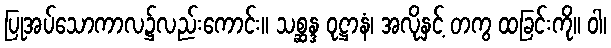
ပြုအပ်သောကာလ၌လည်းကောင်း။ သစ္ဆန္ဒ ဝုဋ္ဌာနံ၊ အလိုနှင့် တကွ ထခြင်းကို။ ဝါ၊